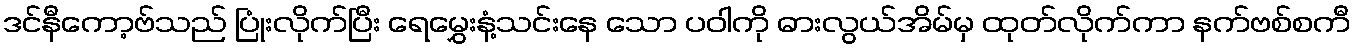
ဒင်နီကော့ဗ်သည် ပြုံးလိုက်ပြီး ရေမွှေးနံ့သင်းနေ သော ပဝါကို ဓားလွယ်အိမ်မှ ထုတ်လိုက်ကာ နက်ဗစ်စကီ